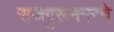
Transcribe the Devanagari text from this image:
राजगुरूनगरचे